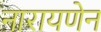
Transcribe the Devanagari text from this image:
नारायणेन